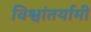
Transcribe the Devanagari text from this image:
विश्वांतर्यामी